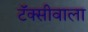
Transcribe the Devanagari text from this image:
टॅक्सीवाला